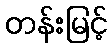
တန်းမြင့်